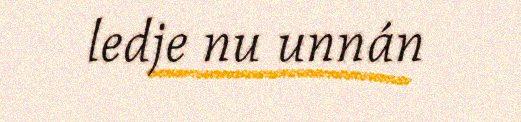
ledje nu unnán